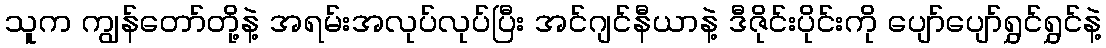
သူက ကျွန်တော်တို့နဲ့ အရမ်းအလုပ်လုပ်ပြီး အင်ဂျင်နီယာနဲ့ ဒီဇိုင်းပိုင်းကို ပျော်ပျော်ရွှင်ရွှင်နဲ့